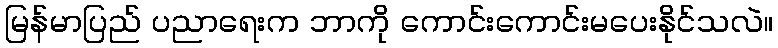
မြန်မာပြည် ပညာရေးက ဘာကို ကောင်းကောင်းမပေးနိုင်သလဲ။